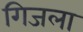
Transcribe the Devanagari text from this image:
गिजला